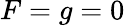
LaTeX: F=g=0